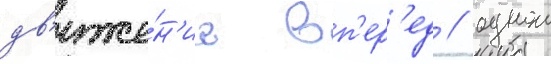
дв'иже́н'ие вп'ер'ед / однои